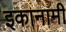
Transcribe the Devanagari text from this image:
इकानामी